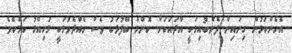
އެހެންކަމުން ގިނައިން ފެންބުއިމަކީ އާދައަކަށް ކޮންމެ ބޭފުޅަކު ވެސް ހެއްދެވުމަކީ މުހިއްމު ކަމެކެވެ.